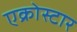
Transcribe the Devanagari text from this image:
एक्रोस्टार